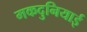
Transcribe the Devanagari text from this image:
मकदुनियाई